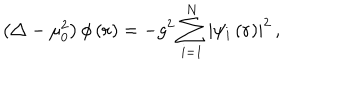
\left( \triangle - \mu _ { 0 } ^ { 2 } \right) \phi \left( { \bf r } \right) = - g ^ { 2 } \sum _ { i = 1 } ^ { N } \left| \psi _ { i } \left( { \bf r } \right) \right| ^ { 2 } \, ,